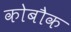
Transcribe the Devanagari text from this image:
कोबौक